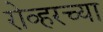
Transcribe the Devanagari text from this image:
रोव्हरच्या